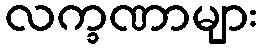
လက္ခဏာများ